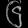
Digit: ၆